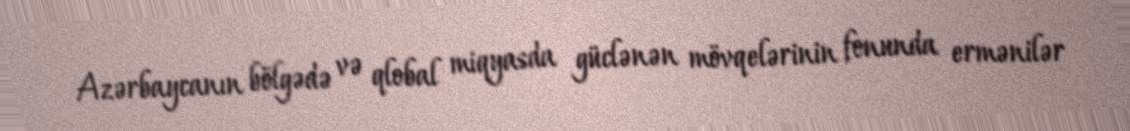
Azərbaycanın bölgədə və qlobal miqyasda güclənən mövqelərinin fonunda ermənilər